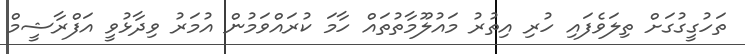
ތަހުގީގުގަށް ތިލަވެފައި ހުރި އިތުރު މައުލޫމާތުތައް ހާމަ ކުރައްވަމުން އުމަރު ވިދާޅުވީ އަފްރާޝީމް